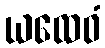
ယထေဝံ